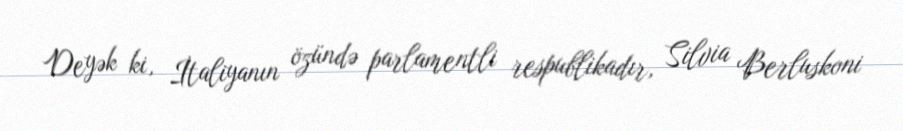
Deyək ki, İtaliyanın özündə parlamentli respublikadır, Silvia Berluskoni